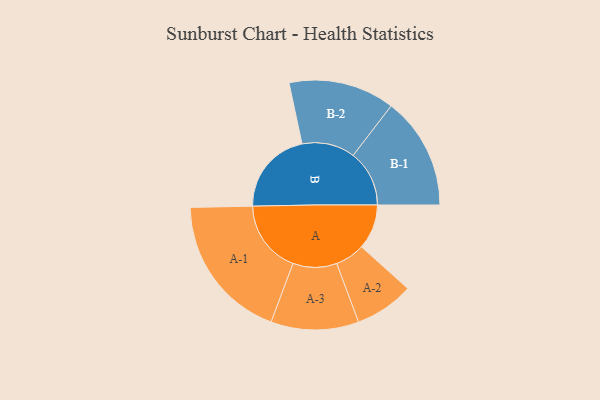
{"axis": {"x": "Segment", "y": "Value"}, "legend": ["", "A", "B"], "data": [{"x": "A", "y": 172, "type": ""}, {"x": "B", "y": 324, "type": ""}, {"x": "A-1", "y": 280, "type": "A"}, {"x": "A-2", "y": 113, "type": "A"}, {"x": "A-3", "y": 168, "type": "A"}, {"x": "B-1", "y": 215, "type": "B"}, {"x": "B-2", "y": 203, "type": "B"}]}